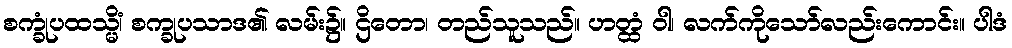
စက္ခုံပထသ္မိံ၊ စက္ခုပသာဒ၏ လမ်း၌။ ဌိတော၊ တည်သူသည်။ ဟတ္ထံ ဝါ၊ လက်ကိုသော်လည်းကောင်း။ ပါဒံ